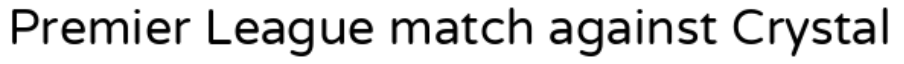
Premier League match against Crystal